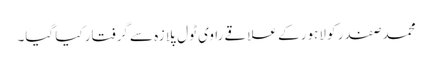
محمد صفدر کو لاہور کے علاقے راوی ٹول پلازہ سے گرفتار کیا گیا۔